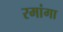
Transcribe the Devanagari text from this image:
रमांगा